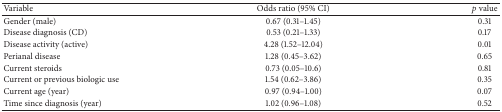
<table><thead><tr><td><b>Variable</b></td><td><b>Odds ratio (95% CI)</b></td><td><b><i>p</i> value</b></td></tr></thead><tbody><tr><td>Gender (male)</td><td>0.67 (0.31–1.45)</td><td>0.31</td></tr><tr><td>Disease diagnosis (CD)</td><td>0.53 (0.21–1.33)</td><td>0.17</td></tr><tr><td>Disease activity (active)</td><td>4.28 (1.52–12.04)</td><td>0.01</td></tr><tr><td>Perianal disease</td><td>1.28 (0.45–3.62)</td><td>0.65</td></tr><tr><td>Current steroids</td><td>0.73 (0.05–10.6)</td><td>0.81</td></tr><tr><td>Current or previous biologic use</td><td>1.54 (0.62–3.86)</td><td>0.35</td></tr><tr><td>Current age (year)</td><td>0.97 (0.94–1.00)</td><td>0.07</td></tr><tr><td>Time since diagnosis (year)</td><td>1.02 (0.96–1.08)</td><td>0.52</td></tr></tbody></table>